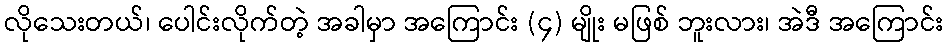
လိုသေးတယ်၊ ပေါင်းလိုက်တဲ့ အခါမှာ အကြောင်း (၄) မျိုး မဖြစ် ဘူးလား၊ အဲဒီ အကြောင်း